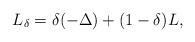
LaTeX: \begin{align*}L_\delta = \delta(-\Delta) + (1-\delta)L,\end{align*}